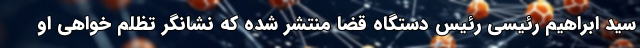
سید ابراهیم رئیسی رئیس دستگاه قضا منتشر شده که نشانگر تظلم خواهی او